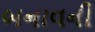
બનાવની